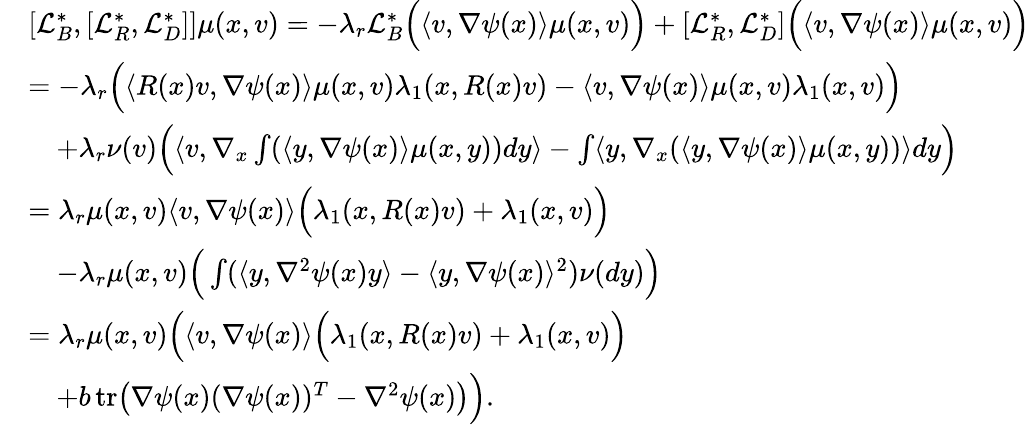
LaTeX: \begin{array}{rl}&{[\mathcal{L}_{B}^{*},[\mathcal{L}_{R}^{*},\mathcal{L}_{D}^{*}]]\mu(x,v)=-\lambda_{r}\mathcal{L}_{B}^{*}\Big(\langle v,\nabla\psi(x)\rangle\mu(x,v)\Big)+[\mathcal{L}_{R}^{*},\mathcal{L}_{D}^{*}]\Big(\langle v,\nabla\psi(x)\rangle\mu(x,v)\Big)}\\ &{=-\lambda_{r}\Big(\langle R(x)v,\nabla\psi(x)\rangle\mu(x,v)\lambda_{1}(x,R(x)v)-\langle v,\nabla\psi(x)\rangle\mu(x,v)\lambda_{1}(x,v)\Big)}\\ &{\quad+\lambda_{r}\nu(v)\Big(\langle v,\nabla_{x}\int(\langle y,\nabla\psi(x)\rangle\mu(x,y))dy\rangle-\int\langle y,\nabla_{x}(\langle y,\nabla\psi(x)\rangle\mu(x,y))\rangle dy\Big)}\\ &{=\lambda_{r}\mu(x,v)\langle v,\nabla\psi(x)\rangle\Big(\lambda_{1}(x,R(x)v)+\lambda_{1}(x,v)\Big)}\\ &{\quad-\lambda_{r}\mu(x,v)\Big(\int(\langle y,\nabla^{2}\psi(x)y\rangle-\langle y,\nabla\psi(x)\rangle^{2})\nu(dy)\Big)}\\ &{=\lambda_{r}\mu(x,v)\Big(\langle v,\nabla\psi(x)\rangle\Big(\lambda_{1}(x,R(x)v)+\lambda_{1}(x,v)\Big)}\\ &{\quad+b\, \textnormal{tr}\big(\nabla\psi(x)(\nabla\psi(x))^{T}-\nabla^{2}\psi(x)\big)\Big).}\end{array}